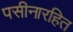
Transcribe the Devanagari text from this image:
पसीनारहित